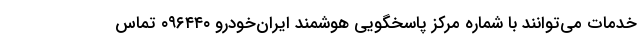
خدمات می‌توانند با شماره مرکز پاسخگویی هوشمند ایران‌خودرو ۰۹۶۴۴۰ تماس